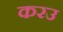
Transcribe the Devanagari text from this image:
करउ